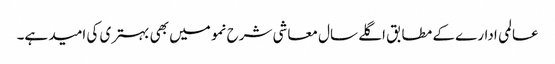
عالمی ادارے کے مطابق اگلے سال معاشی شرح نمو میں بھی بہتری کی امید ہے۔